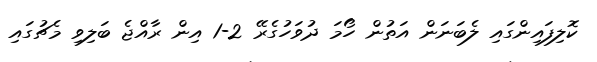
ކޮލިފައިންގައި ލެބަނަން އަތުން ހޯމަ ދުވަހުގެރޭ 2-1 އިން ރާއްޖެ ބަލިވި މެޗުގައި